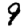
Digit: 9